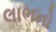
લાભનો